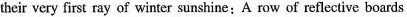
their very first ray of winter sunshine:A row of reflective boards